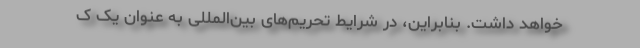
خواهد داشت. بنابراین، در شرایط تحریم‌های بین‌المللی به عنوان یک ک